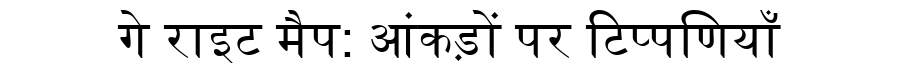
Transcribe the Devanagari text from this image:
गे राइट मैप: आंकड़ों पर टिप्पणियाँ